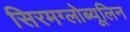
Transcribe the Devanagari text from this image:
सिरमग्लोब्यूलिन